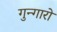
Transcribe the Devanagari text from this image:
गुन्गारो